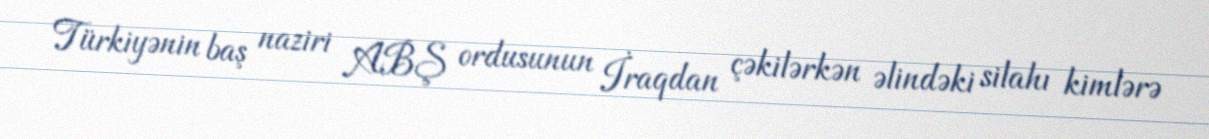
Türkiyənin baş naziri ABŞ ordusunun İraqdan çəkilərkən əlindəki silahı kimlərə